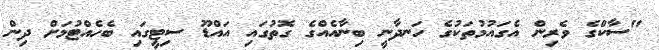
"ސާކްގެ ވެރިން އެގައުމުތަކުގެ ހަނދާނީ ބިނާއެއްގެ ގޮތުގައި އައްޑޫ ސިޓީގައި ބެހެއްޓުމަށް ދިން